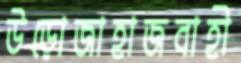
উড়োজাহাজবাহী